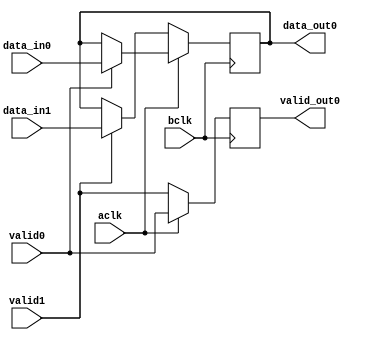
module muxL (
		input 		 aclk,
		input 		 bclk,
		input 		 valid0,
		input 		 valid1,
		input [7:0] 	 data_in0,
		input [7:0] 	 data_in1,		
		output reg 	 valid_out0,
		output reg [7:0] data_out0
		);


	//valid_out0 = 0;

   always @ (posedge bclk) begin


      if (aclk) begin
      	if (valid0) begin
      		data_out0 = data_in0;

      	end


      	valid_out0 = valid0;
      end

      else begin

      	if (valid1) begin
      		data_out0 = data_in1;
      	end


      	valid_out0 = valid1;

      end




   end // always @ (posedge 2clk)

endmodule // muxL2